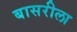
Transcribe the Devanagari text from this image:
बासरीला